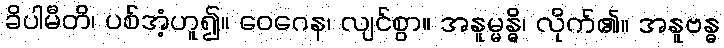
ခိပါမီတိ၊ ပစ်အံ့ဟူ၍။ ဝေဂေန၊ လျင်စွာ။ အနူမ္မန္ဓိ၊ လိုက်၏။ အနူဗန္ဓ